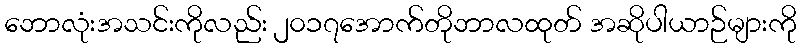
ဘောလုံးအသင်းကိုလည်း ၂၀၁၇အောက်တိုဘာလထုတ် အဆိုပါယာဉ်များကို